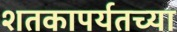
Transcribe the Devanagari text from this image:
शतकापर्यतच्या